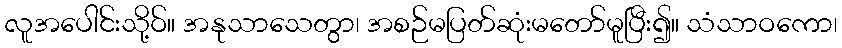
လူအပေါင်းသို့ဝ်။ အနုသာသေတွာ၊ အစဉ်မပြတ်ဆုံးမတော်မူပြီး၍။ သံသာဝကော၊